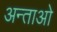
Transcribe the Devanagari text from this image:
अन्ताओ